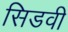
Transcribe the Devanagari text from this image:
सिडवी